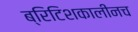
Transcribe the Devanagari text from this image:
ब्रिटिशकालीनच